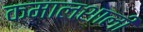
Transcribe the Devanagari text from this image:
कमालशाली